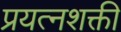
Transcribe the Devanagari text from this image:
प्रयत्‍नशक्ती